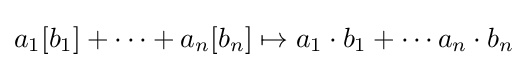
a_{1}[b_{1}]+\cdots +a_{n}[b_{n}]\mapsto a_{1}\cdot b_{1}+\cdots a_{n}\cdot b_{n}